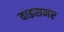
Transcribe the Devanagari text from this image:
वाइसनर